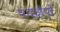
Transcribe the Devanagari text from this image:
पदक्षेपों